Report on sanitation, dispensaries, and jails in Rajputana for 1909, and on vaccination for the year 1909-1910 - 1909-1910
Year: 1909
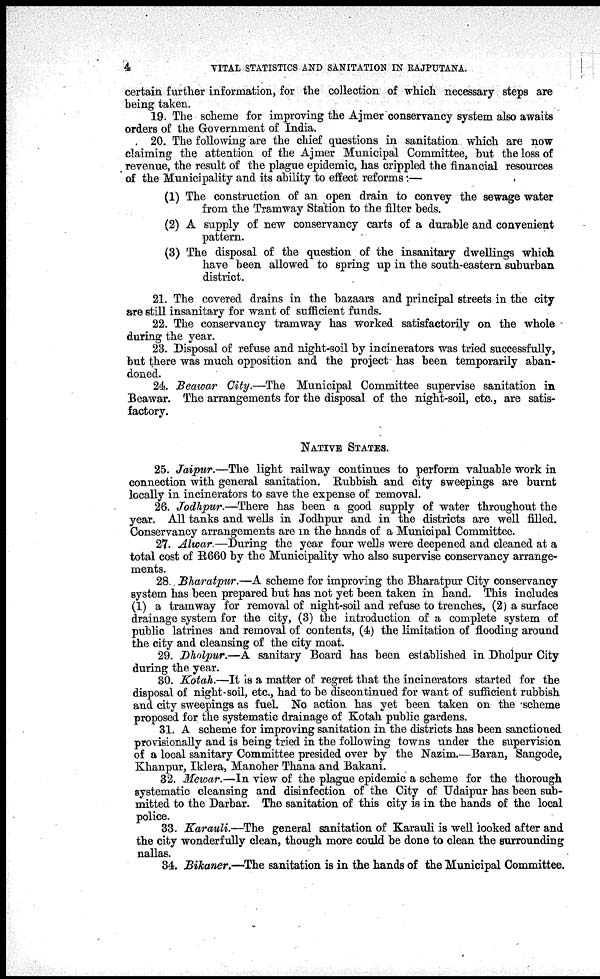
4
VITAL STATISTICS AND SANITATION IN RAJPUTANA.
certain further information, for the collection of which necessary steps are
being taken.
19. The scheme for improving the Ajmer conservancy system also awaits
orders of the Government of India.
20. The following are the chief questions in sanitation. which are now
claiming the attention of the Ajmer Municipal Committee, but the loss of
revenue, the result of the plague epidemic, has crippled the financial resources
of the Municipality and its ability to effect reforms:—
(1) The construction of an open drain to convey the sewage water
from the Tramway Station to the filter beds.
(2) A supply of new conservancy carts of a durable and convenient
pattern.
(3) The disposal of the question of the insanitary dwellings which
have been allowed to spring up in the south-eastern suburban
district.
21. The covered drains in the bazaars and principal streets in the city
are still insanitary for want of sufficient funds.
22. The conservancy tramway has worked satisfactorily on the whole
during the year.
23. Disposal of refuse and night-soil by incinerators was tried successfully,
but there was much opposition and the project has been temporarily aban-
doned.
24. Beawar City.—The Municipal Committee supervise sanitation in
Beawar. The arrangements for the disposal of the night-soil, etc., are satis-
factory.
NATIVE STATES.
25. Jaipur.—The light railway continues to perform valuable work in
connection with general sanitation. Rubbish and city sweepings are burnt
locally in incinerators to save the expense of removal.
26. Jodhpur.—There has been a good supply of water throughout the
year. All tanks and wells in Jodhpur and in the districts are well filled.
Conservancy arrangements are in the hands of a Municipal Committee.
27. Alwar —During the year four wells were deepened and cleaned at a
total cost of R660 by the Municipality who also supervise conservancy arrange-
ments.
28. Bharatpur.—A scheme for improving the Bharatpur City conservancy
system has been prepared but has not yet been taken in hand. This includes
(1) a tramway for removal of night-soil and refuse to trenches, (2) a surface
drainage system for the city, (3) the introduction of a complete system of
public latrines and removal of contents, (4) the limitation of flooding around
the city and cleansing of the city moat.
29. Dholpur.—A sanitary Board has been established in Dholpur City
during the year.
30. Kotah.—It is a matter of regret that the incinerators started for the
disposal of night-soil, etc., had to be discontinued for want of sufficient rubbish
and city sweepings as fuel. No action has yet been taken on the scheme
proposed for the systematic drainage of Kotah public gardens.
31. A scheme for improving sanitation in the districts has been sanctioned
provisionally and is being tried in the following towns under the supervision
of a local sanitary Committee presided over by the Nazim.—Baran, Sangode,
Khanpur, Iklera, Manoher Thana and Bakani.
32. Mewar.—In view of the plague epidemic a scheme for the thorough
systematic cleansing and disinfection of the City of Udaipur has been sub-
mitted to the Darbar. The sanitation of this city is in the hands of the local
police.
33. Karauli.—The general sanitation of Karauli is well looked after and
the city wonderfully clean, though more could be done to clean the surrounding
nallas.
34. Bikaner.—The sanitation is in the hands of the Municipal Committee.